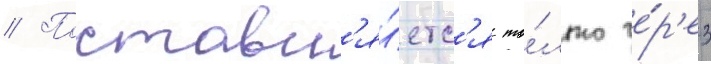
// Поставл'я́етс'я то́лько че́р'ез